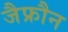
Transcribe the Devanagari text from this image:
जैफ्रौन